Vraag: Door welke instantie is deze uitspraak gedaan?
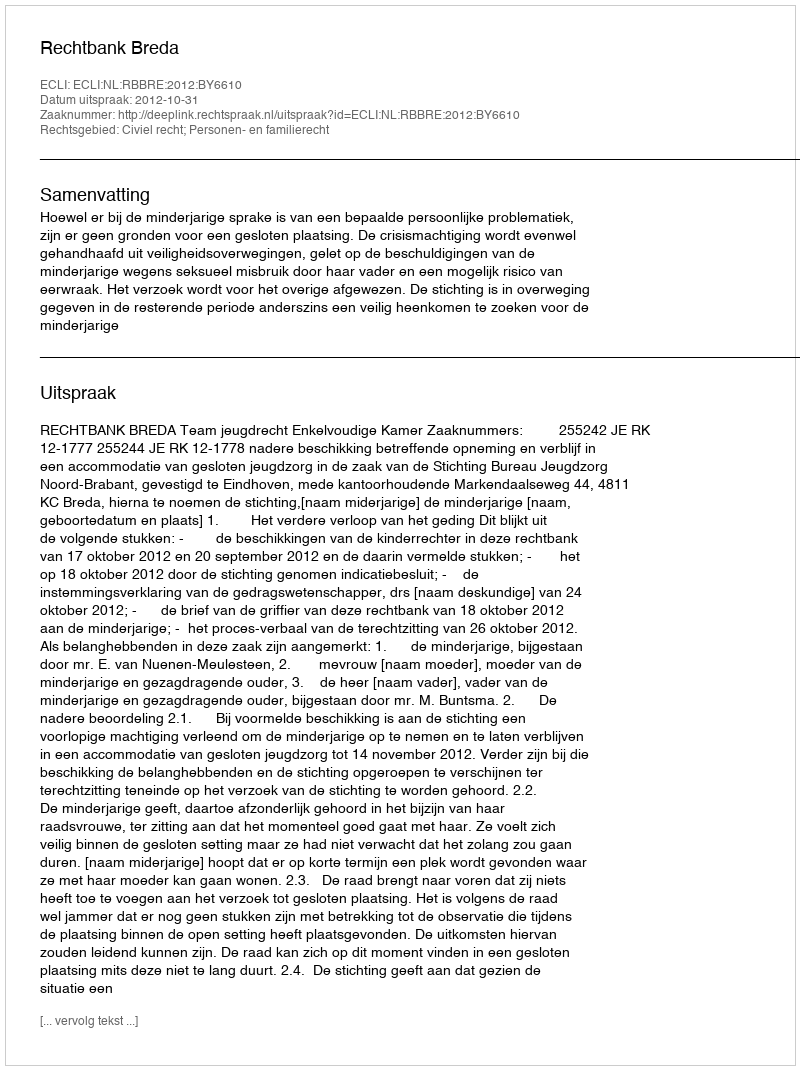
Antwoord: Rechtbank Breda